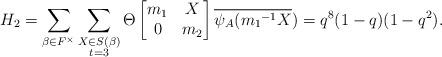
LaTeX: \begin{align*} H_2=\displaystyle \sum_{\beta \in F^{\times}} \sum_{\substack{X\in S(\beta) \\ t=3 }}\Theta \begin{bmatrix} m_1 & X\\0 & m_2\end{bmatrix}\overline{\psi_A({m_1}^{-1}X})=q^8(1-q)(1-q^2).\end{align*}